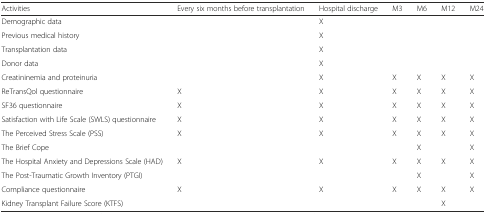
<table><thead><tr><td><b>Activities</b></td><td><b>Every six months before transplantation</b></td><td><b>Hospital discharge</b></td><td><b>M3</b></td><td><b>M6</b></td><td><b>M12</b></td><td><b>M24</b></td></tr></thead><tbody><tr><td>Demographic data</td><td></td><td>X</td><td></td><td></td><td></td><td></td></tr><tr><td>Previous medical history</td><td></td><td>X</td><td></td><td></td><td></td><td></td></tr><tr><td>Transplantation data</td><td></td><td>X</td><td></td><td></td><td></td><td></td></tr><tr><td>Donor data</td><td></td><td>X</td><td></td><td></td><td></td><td></td></tr><tr><td>Creatininemia and proteinuria</td><td></td><td>X</td><td>X</td><td>X</td><td>X</td><td>X</td></tr><tr><td>ReTransQol questionnaire</td><td>X</td><td>X</td><td>X</td><td>X</td><td>X</td><td>X</td></tr><tr><td>SF36 questionnaire</td><td>X</td><td>X</td><td>X</td><td>X</td><td>X</td><td>X</td></tr><tr><td>Satisfaction with Life Scale (SWLS) questionnaire</td><td>X</td><td>X</td><td>X</td><td>X</td><td>X</td><td>X</td></tr><tr><td>The Perceived Stress Scale (PSS)</td><td>X</td><td>X</td><td>X</td><td>X</td><td>X</td><td>X</td></tr><tr><td>The Brief Cope</td><td></td><td></td><td></td><td>X</td><td></td><td>X</td></tr><tr><td>The Hospital Anxiety and Depressions Scale (HAD)</td><td>X</td><td>X</td><td>X</td><td>X</td><td>X</td><td>X</td></tr><tr><td>The Post-Traumatic Growth Inventory (PTGI)</td><td></td><td></td><td></td><td>X</td><td></td><td>X</td></tr><tr><td>Compliance questionnaire</td><td>X</td><td>X</td><td>X</td><td>X</td><td>X</td><td>X</td></tr><tr><td>Kidney Transplant Failure Score (KTFS)</td><td></td><td></td><td></td><td></td><td>X</td><td></td></tr></tbody></table>